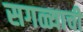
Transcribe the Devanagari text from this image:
सगळ्याची